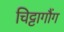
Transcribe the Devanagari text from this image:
चिट्टागौंग